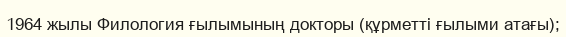
1964 жылы Филология ғылымының докторы (құрметті ғылыми атағы);